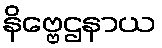
နိဗ္ဗေဌနာယ